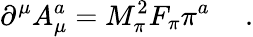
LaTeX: \partial^{\mu}A_{\mu}^{a}=M_{\pi}^{2}F_{\pi}\pi^{a}~\quad.